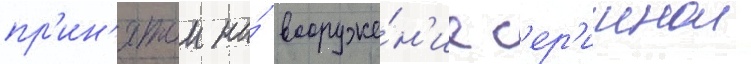
пр'ин'ятои на́ вооруже́н'ие с'ер'иинои